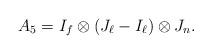
LaTeX: \begin{align*}A_5=I_f\otimes (J_{\ell}-I_{\ell})\otimes J_n.\end{align*}